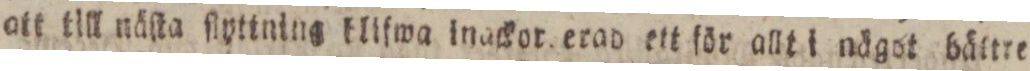
att till näſta ſlyttning tlifwa inackor erad ett för allt i nägot bältre